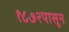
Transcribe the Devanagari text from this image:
१८७२पासून